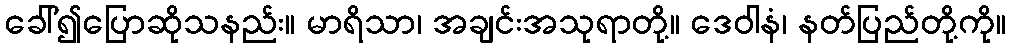
ခေါ်၍ပြောဆိုသနည်း။ မာရိသာ၊ အချင်းအသုရာတို့။ ဒေဝါနံ၊ နတ်ပြည်တို့ကို။